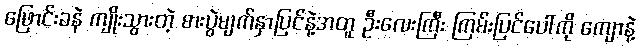
ဖြောင်းခနဲ ကျိုးသွားတဲ့ စားပွဲမျက်နှာပြင်နဲ့အတူ ဦးလေးကြီး ကြမ်းပြင်ပေါ်ကို ကျောနဲ့